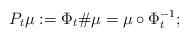
LaTeX: \begin{align*}P_t\mu := \Phi_t \# \mu = \mu\circ\Phi_t^{-1};\end{align*}